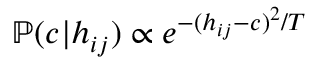
\mathbb P ( c | h _ { i j } ) \propto e ^ { - ( h _ { i j } - c ) ^ { 2 } / T }